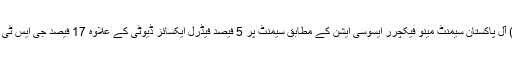
2016ء) آل پاکستان سیمنٹ مینو فیکچرر ایسوسی ایشن کے مطابق سیمنٹ پر 5 فیصد فیڈرل ایکسائز ڈیوٹی کے علاوہ 17 فیصد جی ایس ٹی عائد ہے۔